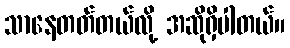
သာနေတတ်တယ်လို့ အဆိုရှိပါတယ်။